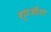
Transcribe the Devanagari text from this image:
शूटऑउट